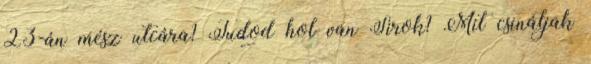
23-án mész utcára? Tudod hol van Sirok? Mit csináljak